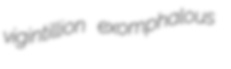
vigintillion exomphalous